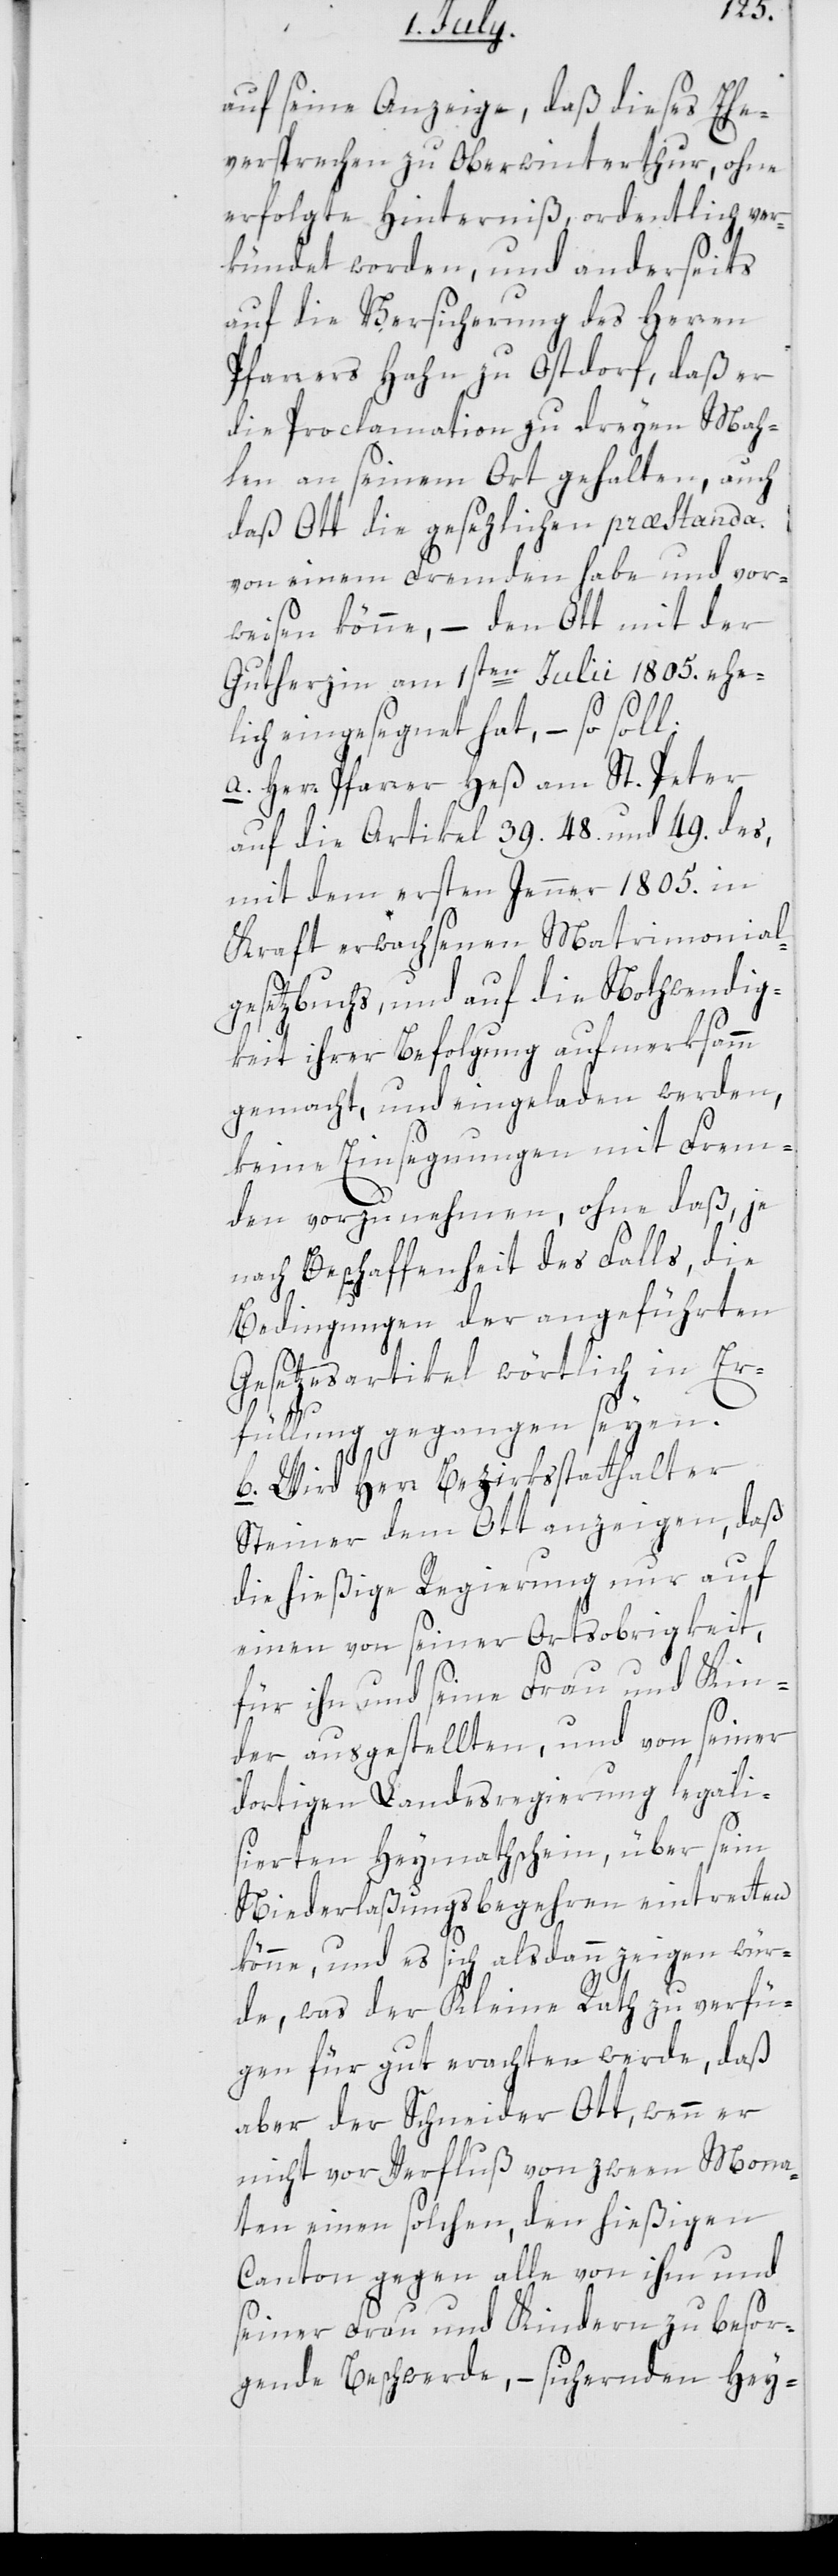
auf seine Anzeige, daß dieses Ehe¬
versprechen zu Oberwinterthur, ohne
erfolgte Hinterniß, ordentlich ver¬
kündet worden, und anderseits
auf die Versicherung des Herren
Pfarrers Hahn zu Ostdorf, daß er
die Proclamation zu dreyen Mah¬
len an seinem Ort gehalten, auch
daß Ott die gesezlichen præstanda
von einem Fremden habe und vor¬
weisen könne, – den Ott mit der
Gutherzin am 1sten Julii 1805. ehe¬
lich eingesegnet hat, – so soll
a. Herr Pfarrer Heß am St. Peter
auf die Artikel 39. 48. und 49. des,
mit dem 1sten Jenner 1805. in
Kraft erwachsenen Matrimonial¬
gesetzbuchs, und auf die Nothwendig¬
keit ihrer Befolgung aufmerksamm
gemacht, und eingeladen werden,
keine Einsegnungen mit Frem¬
den vorzunehmen, ohne daß, je
nach Beschaffenheit des Falls, die
Bedingungen der angeführten
Gesetzesartikel wörtlich in Er¬
füllung gegangen seyen.
b. Wird Herr Bezirksstatthalter
Steiner den Ott anzeigen, daß
die hießige Regierung nur auf
einen von seiner Ortsobrigkeit,
für ihn und seine Frau und Kin¬
der ausgestellten, und von seiner
dortigen Landesregierung legali¬
sierten Heymathschein, über sein
Niederlaßungsbegehren eintretten
könne, und es sich alsdann zeigen wür¬
de, was der Kleine Rath zu verfü¬
gen für gut erachten werde, daß
aber der Schneider Ott, wenn er
nicht vor Verfluß von zween Mona¬
ten einen solchen, den hießigen
Canton gegen alle von ihm und
seiner Frau und Kindern zu besor¬
gende Beschwerde, – sichernden Hey-